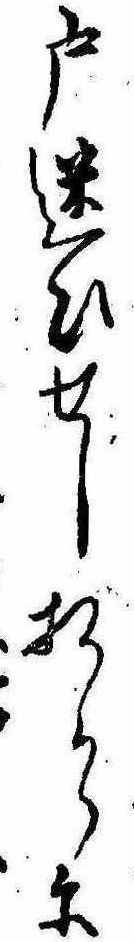
戸迷ひせし折からに